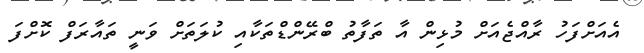
އެއަށްފަހު ރާއްޖެއަށް މުޅިން އާ ތަފާތު ބްރޭންޑްތަކާއި ކުލަތަށް ވަނީ ތައާރަފް ކޮށްފަ